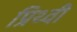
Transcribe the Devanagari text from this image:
प्रिथ्वी